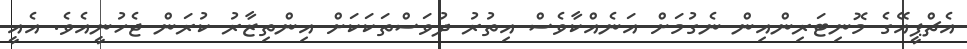
އެޗްޕީއޭގެ މޮނިޓަރިންއިން ނެގުމަށް އަނެއްކާވެސް އިތުރު ދުވަސްތަކަކަށް އިންތިޒާރު ކުރަން ޖެހުނީއެވެ. އެއީ